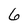
Character: 6